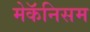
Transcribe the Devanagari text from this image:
मेकॅनिसम